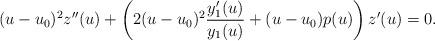
LaTeX: \begin{align*}(u-u_0)^2 z^{\prime \prime}(u) + \left(2 (u-u_0)^2 \frac{y_1^\prime(u)}{y_1(u)} + (u-u_0) p(u) \right) z^\prime(u) = 0.\end{align*}